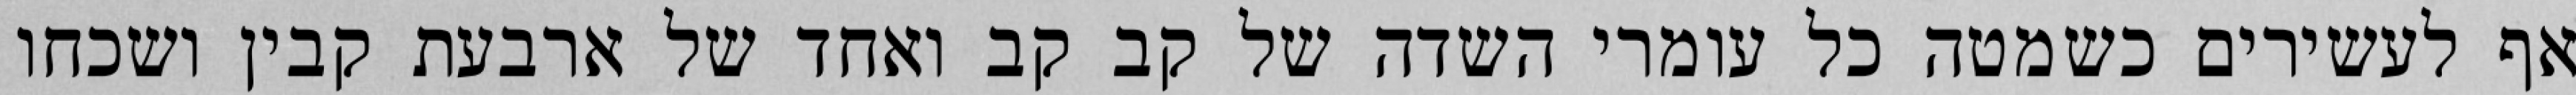
אף לעשירים כשמטה כל עומרי השדה של קב קב ואחד של ארבעת קבין ושכחו